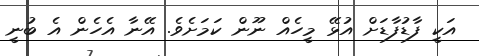
އަކީ ފާޑުފާޑަށް އުޅޭ މީހެއް ނޫން ކަމަށެވެ. އޭނާ އެހެން އެ ބުނީ